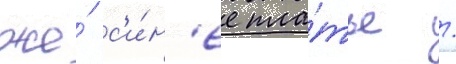
же́ с'и́н'ее пла́тье /